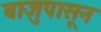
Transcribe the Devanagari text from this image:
बाजुपासून